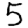
Digit: 5